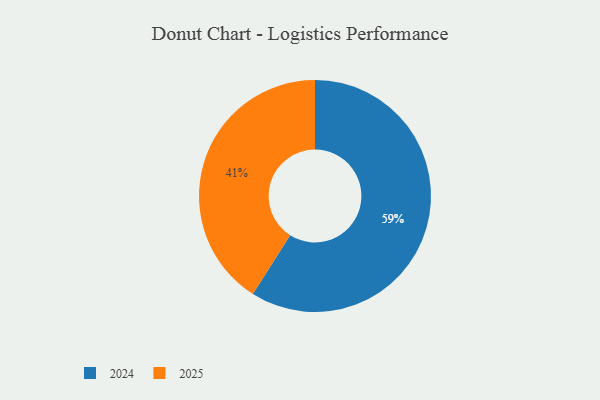
{"axis": {"x": "Category", "y": "Percentage"}, "legend": ["2024", "2025"], "data": [{"x": "2024", "y": 59, "type": "2024"}, {"x": "2025", "y": 41, "type": "2025"}]}